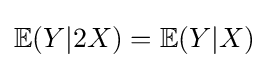
\mathbb {E} (Y|2X)=\mathbb {E} (Y|X)